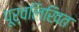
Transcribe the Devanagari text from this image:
पूर्वलिखित